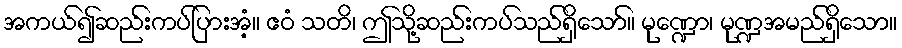
အကယ်၍ဆည်းကပ်ပြားအံ့။ ဧဝံ သတိ၊ ဤသို့ဆည်းကပ်သည်ရှိသော်။ မုဏ္ဍော၊ မုဏ္ဍအမည်ရှိသော။